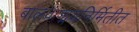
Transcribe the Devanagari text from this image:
बालवाङ्मयनिर्मितीत